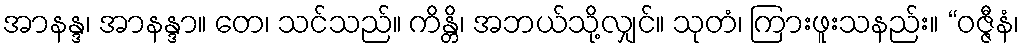
အာနန္ဒ၊ အာနန္ဒာ။ တေ၊ သင်သည်။ ကိန္တိ၊ အဘယ်သို့လျှင်။ သုတံ၊ ကြားဖူးသနည်း။ “ဝဇ္ဇီနံ၊